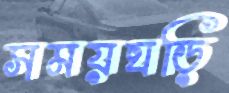
সময়ঘড়ি